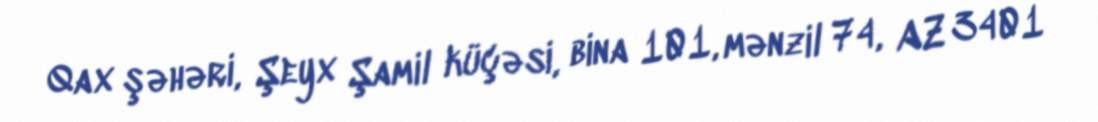
Qax şəhəri, Şeyx Şamil küçəsi, bina 101, mənzil 74, AZ 3401